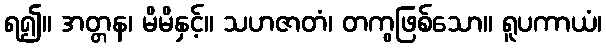
ရ၍။ အတ္တန၊ မိမိနှင့်။ သဟဇာတံ၊ တကွဖြစ်သော။ ရူပကာယံ၊